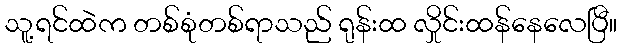
သူ့ရင်ထဲက တစ်စုံတစ်ရာသည် ရုန်းထ လှိုင်းထန်နေလေပြီ။